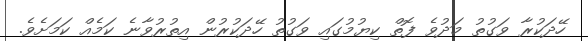
ހޭދަކުރާ ވަގުތު މަދުވެ ފޮތް ކިޔުމުގައި ވަގުތު ހޭދަކުރުން އިތުރުވާނެ ކަމެއް ކަމަށެވެ.